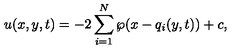
u ( x , y , t ) = - 2 \sum _ { i = 1 } ^ { N } \wp ( x - q _ { i } ( y , t ) ) + c ,